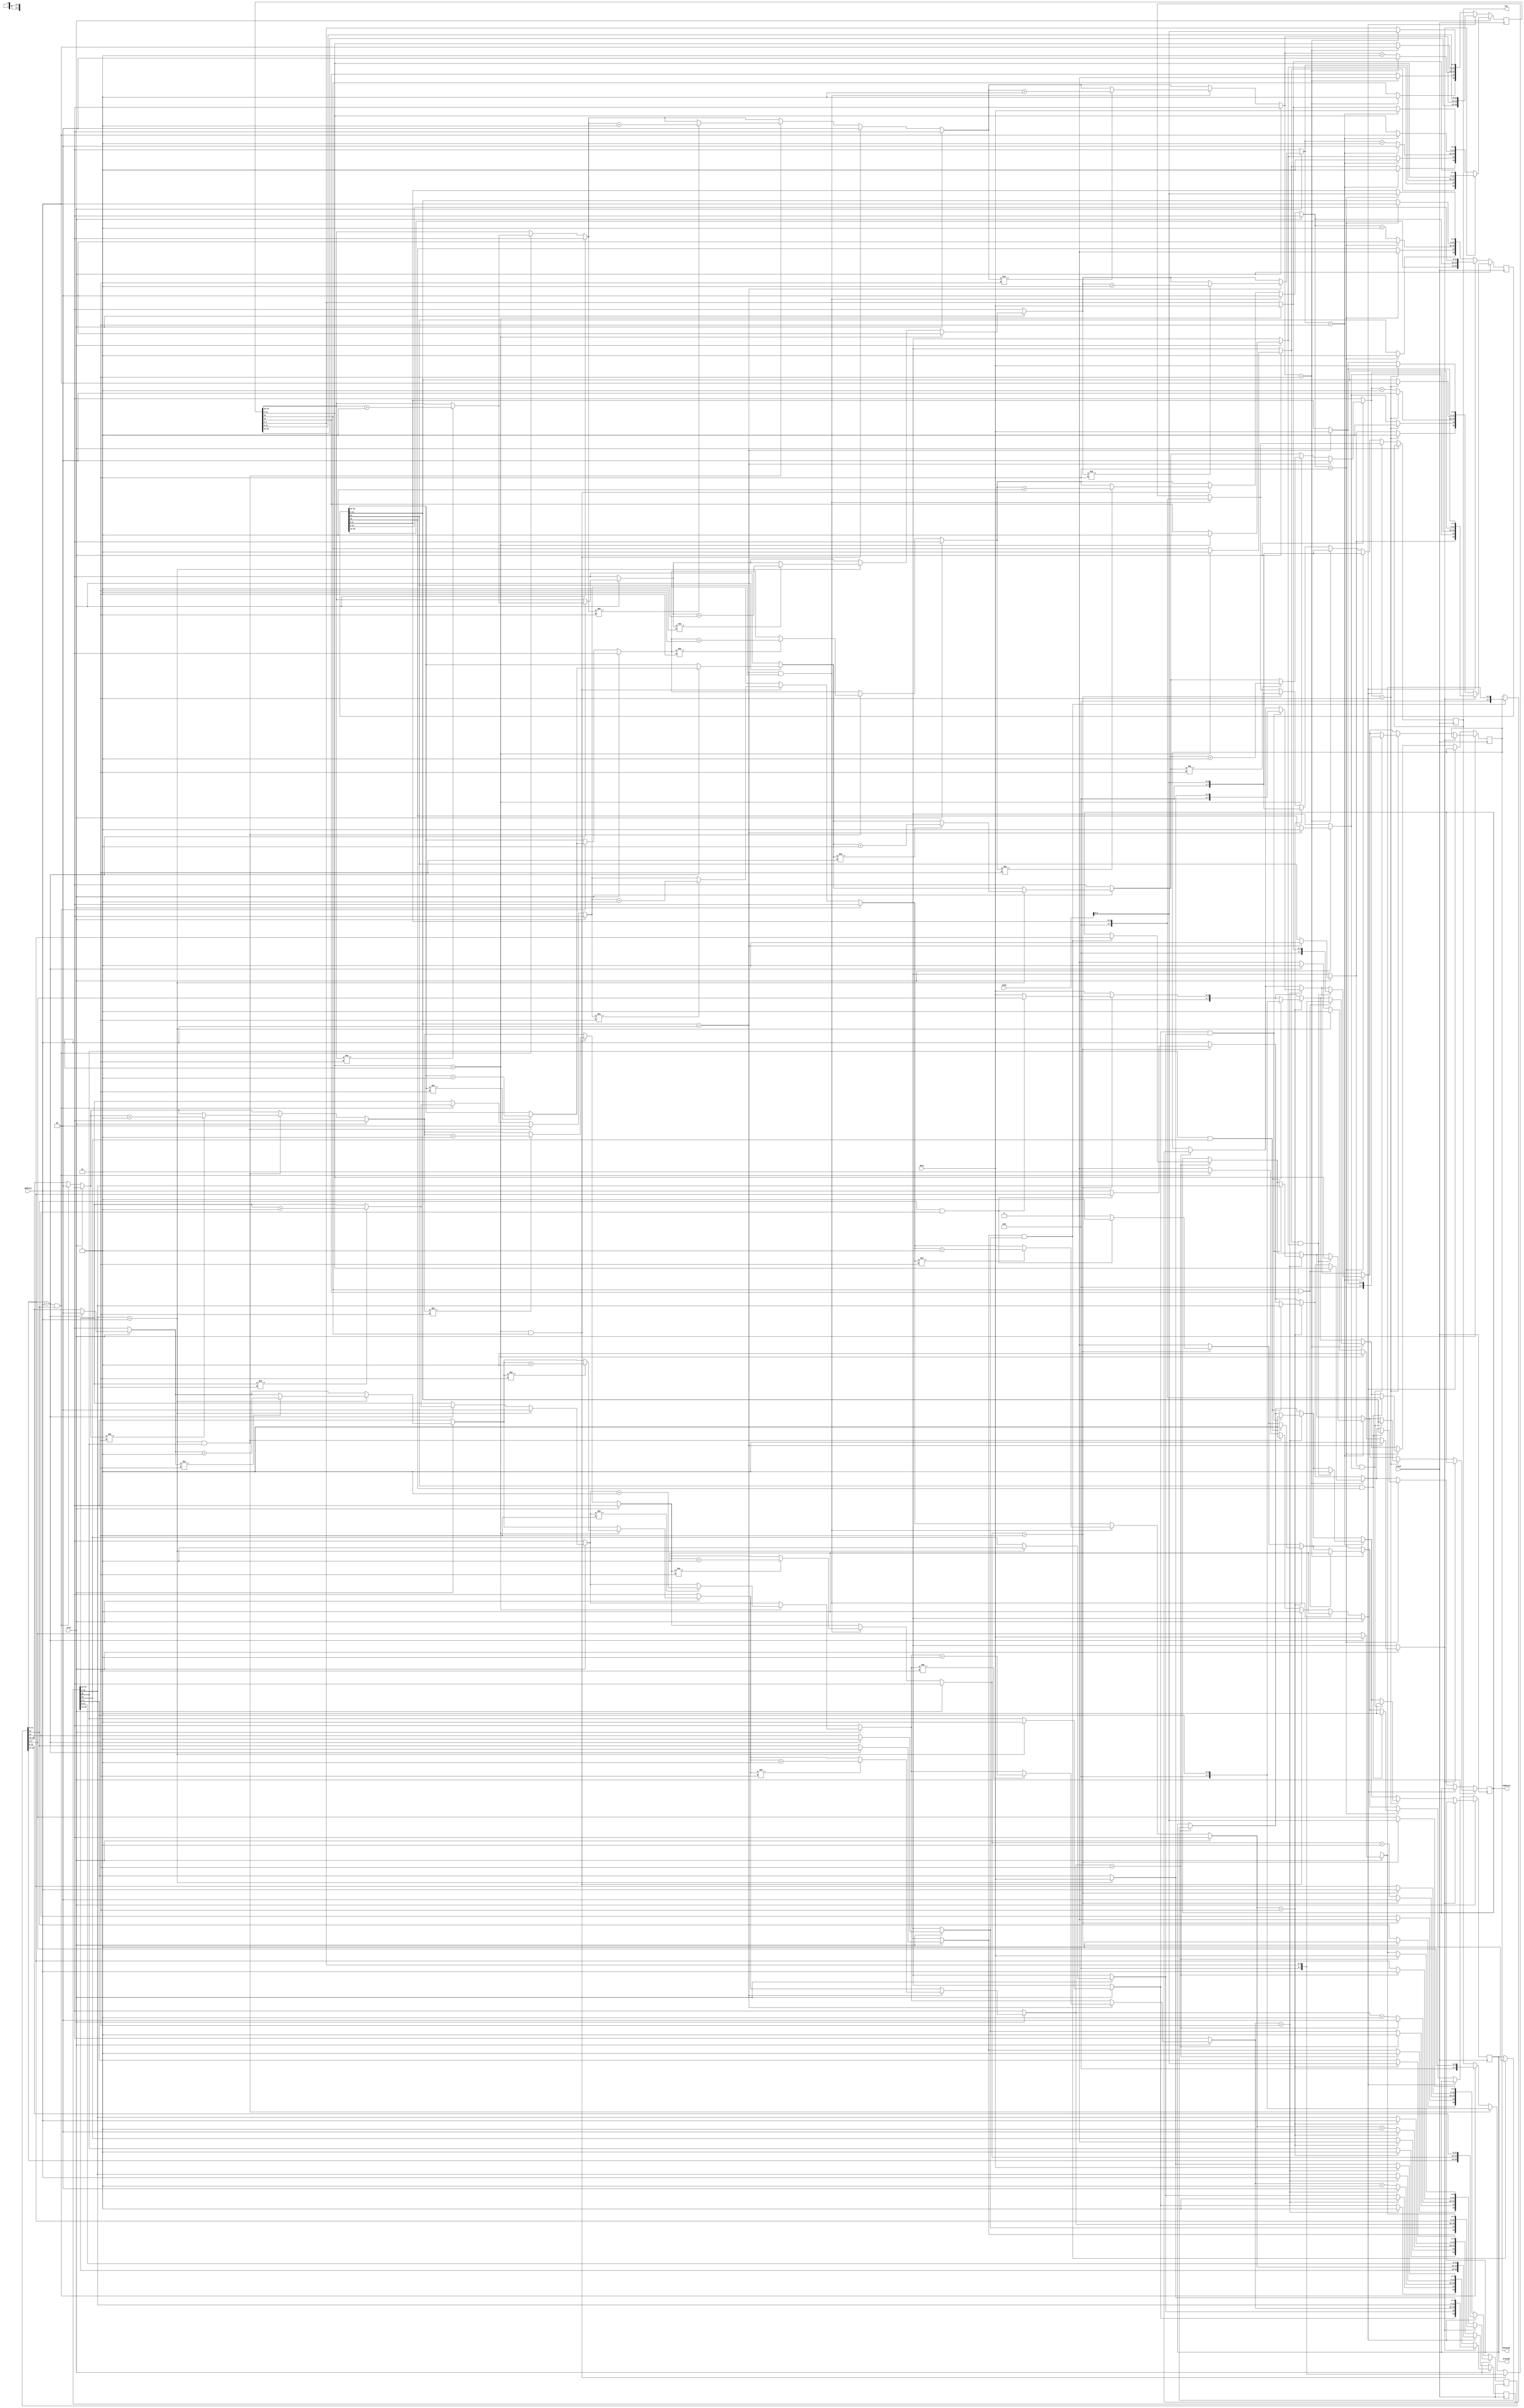
// Igor Luciano de Paula & Eduardo Junqueira de Matos

module memory(address, clock, data, wren, qram, out, raddress, dataram, wrenram);
	
	input clock;
	input [7:0] address, qram;
	input [3:0] data;
	input wren;
	output reg [7:0] out;
	output reg [7:0] raddress, dataram;
	output reg wrenram;
	reg hit;
	reg [3:0] temp;
	integer i, j;
	reg [15:0]cache[3:0];						/* 1111 11111111 11 1 1
									
									// 15 = validade
									// 14 = dirty
									// 13:12 = lru
									// 11:4 = tag
									// 3:0 = data */

	initial begin //Inicializao
			cache[0] = 16'b1000011001000101;
			cache[1] = 16'b1001011001100001;
			cache[2] = 16'b0011011010010101;
			cache[3] = 16'b1010011001010011;
	end
	
	always @(posedge clock) begin
		hit = 0;

		//escrita
		if (wren == 1'b1) begin
			for (i=0; i<=3; i = i + 1) begin
				if(cache[i][11:4] == address) begin // hit
					hit = 1;
					cache[i][3:0] = data; // recebe o dado 
					cache[i][15] = 1'b1; // valid
					cache[i][14] = 1'b1; // dirty
					for(j=0; j<=3; j = j + 1)begin // atualiza LRU
						if(cache[j][13:12] != 2'b11) begin
							cache[j][13:12] = cache[j][13:12] + 2'b01;
						end
					end
					cache[i][13:12] = 2'b00;//Atualiza LRU do novo bloco
				end
			end//endfor possivel hit
			if (hit == 0) begin // miss
				for (i = 0; i <= 3; i = i + 1) begin
					if(cache[i][13:12] == 2'b11) begin // Mais antigo
						if(cache[i][15] == 1'b1 && cache[i][14] == 1'b1) begin //Write-back
							raddress = cache[i][11:4];
							dataram = cache[i][3:0];
							wrenram = 1;
						end
						cache[i][3:0] = data;
						cache[i][11:4] = address;
						cache[i][13:12] = 2'b00; // lru
						cache[i][14] = 1'b1; // dirty
						cache[i][15] = 1'b1; // valid

					end
					else begin
						cache[i][13:12] = cache[i][13:12] + 2'b01; // resto da lru
					end
				end //endfor
			end //endif miss
		end //endif escrita
		else begin // leitura
			for(i = 0; i <= 3; i = i + 1) begin
				if(cache[i][11:4] == address && cache[i][15] == 1) begin // hit
					hit = 1;
					out = cache[i][3:0]; // dar o dado
					for(j = 0; j <= 3; j = j + 1)begin // atualizar LRU
						if(cache[j][13:12] != 2'b11) begin
							cache[j][13:12] = cache[j][13:12] + 2'b01;
						end
					end
					cache[i][13:12] = 2'b00;
				end //endif hit
			end //endfor
			if (hit == 0) begin // miss
				raddress = address;
				dataram = data;
				wrenram = 0; // lendo o dado da memoria
				for (i = 0; i <= 3; i = i + 1) begin
					if(cache[i][13:12] == 2'b11) begin
						//temp[3:0] = qram[3:0];
						if(cache[i][15] == 1'b1 && cache[i][14] == 1'b1) begin // writeback 
							raddress = cache[i][11:4];
							dataram = cache[i][3:0];
							wrenram = 1;
						end
						//Pega os dados *** ?Erro? ***
						out = qram[3:0];
						cache[i][3:0] = qram[3:0]; // atualizando a L1
						cache[i][11:4] = address;
						cache[i][13:12] = 2'b00; // lru
						cache[i][14] = 0; // dirty
						cache[i][15] = 1; // valid

					end
					else begin
						cache[i][13:12] = cache[i][13:12] + 2'b01; // resto da lru
					end
				end //endfor
			end //endif miss
		end //endif leitura
	end
endmodule